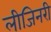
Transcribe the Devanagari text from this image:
लीजिनरी